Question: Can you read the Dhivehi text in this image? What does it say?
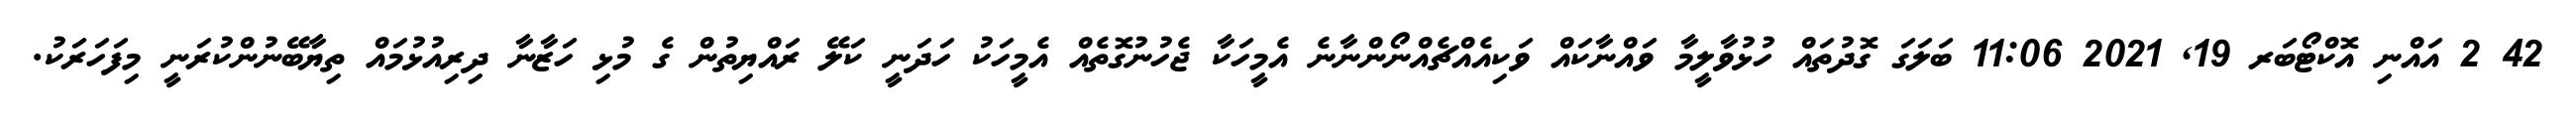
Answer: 42 2 އައްނި އޮކްޓޯބަރ 19, 2021 11:06 ބަލަގަ ގޮދުތައް ހުޅުވާލީމާ ވައްނާކައް ވަކިއެއްޗެއްނޯންނާނެ އެމީހަކާ ޖެހުނުގޮތެއް އެމީހަކު ހަދަނީ ކަލޭ ރައްޔިތުން ގެ މުޅި ހަޒާނާ ދިރިއުޅުމައް ތިޔާބޭނުންކުރަނީ މިފަހަރަކު.